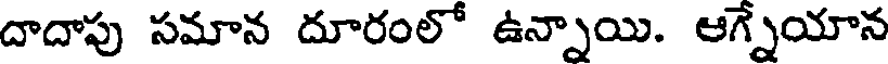
దాదాపు సమాన దూరంలో ఉన్నాయి. ఆగ్నేయాన